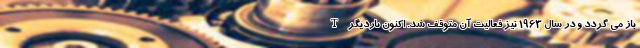
باز می گردد و در سال 1963 نیز فعالیت آن متوقف شد. اکنون باردیگر T